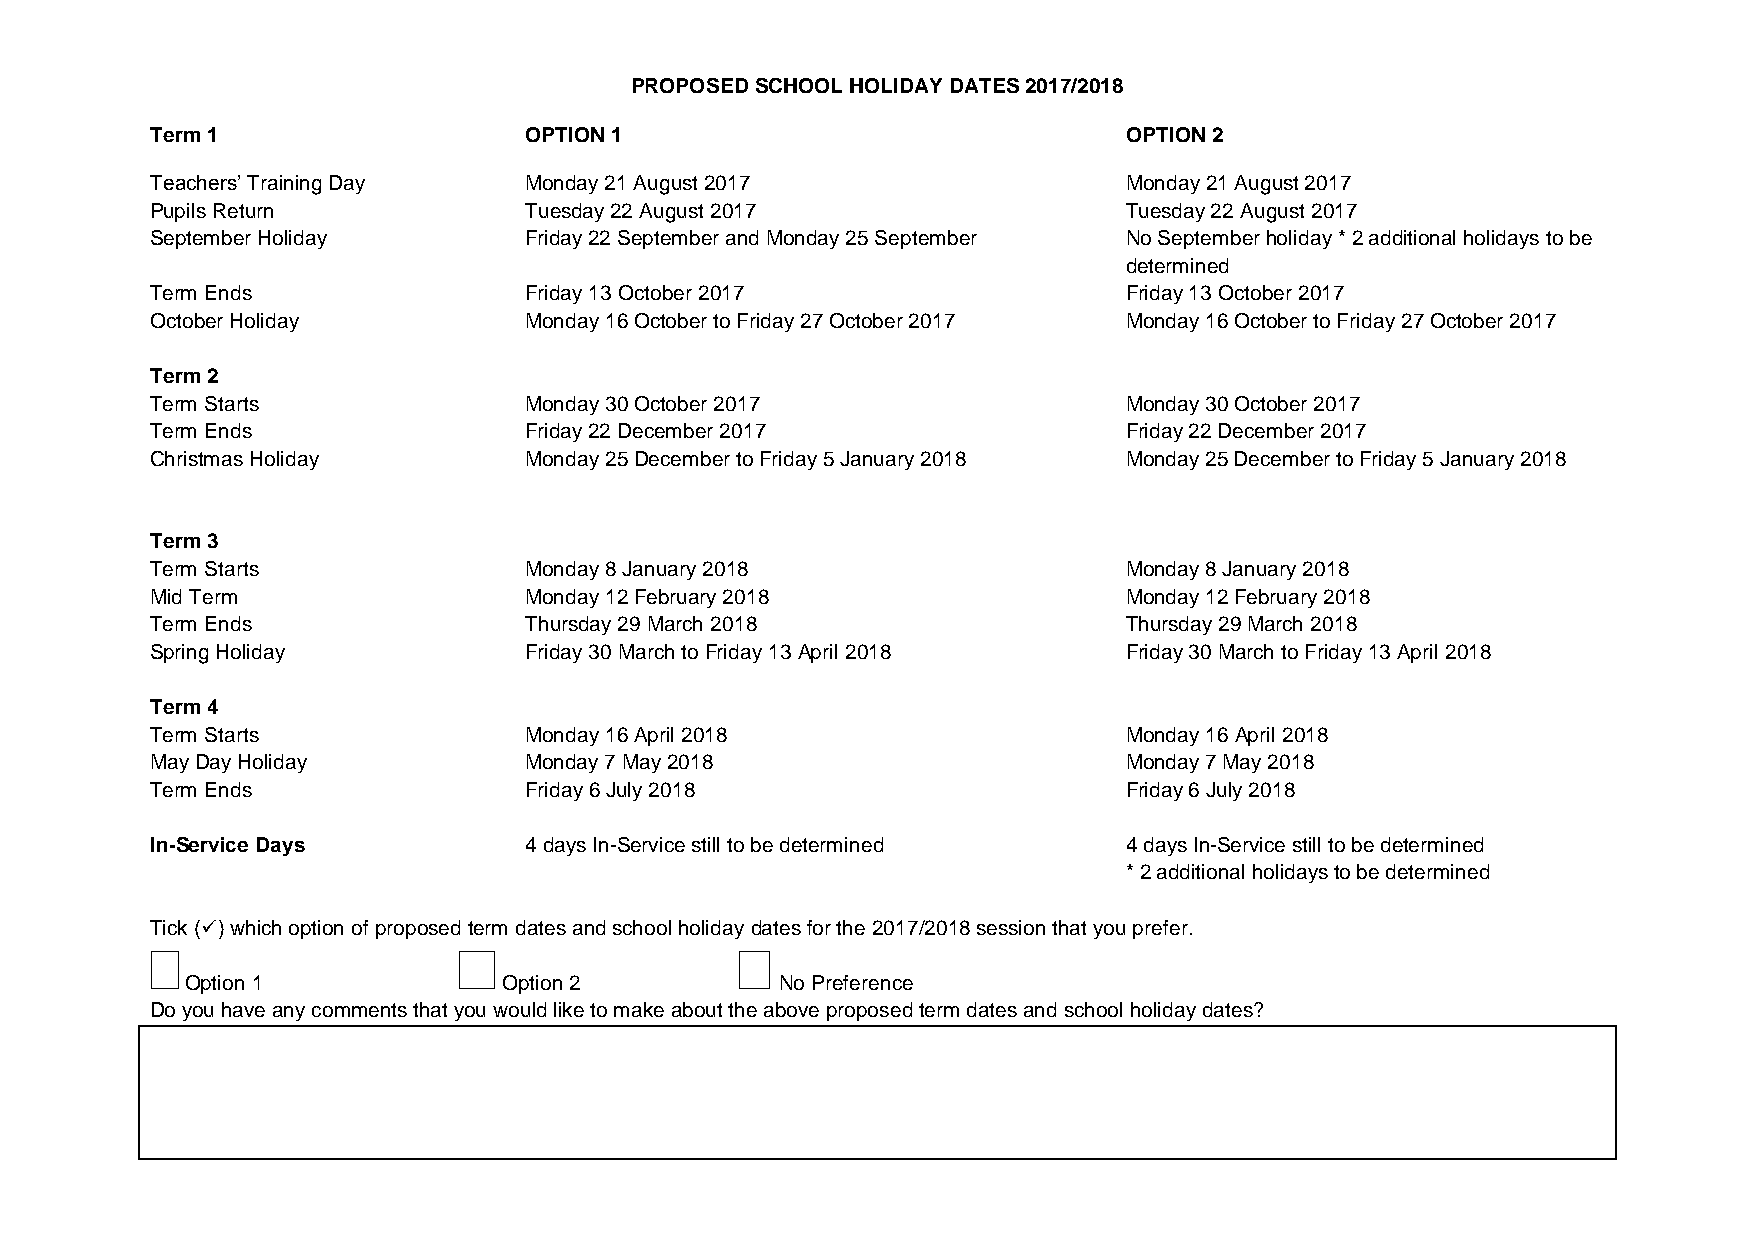
PROPOSED SCHOOL HOLIDAY DATES 2017/2018
 Term 1                   OPTION 1                               OPTION 2
 Teachers’ Training Day   Monday 21 August 2017                  Monday 21 August 2017
 Pupils Return            Tuesday 22 August 2017                 Tuesday 22 August 2017
 September Holiday        Friday 22 September and Monday 25 September No September holiday * 2 additional holidays to be
 determined
 Term Ends                Friday 13 October 2017                 Friday 13 October 2017
 October Holiday          Monday 16 October to Friday 27 October 2017 Monday 16 October to Friday 27 October 2017
 Term 2
 Term Starts              Monday 30 October 2017                 Monday 30 October 2017
 Term Ends                Friday 22 December 2017                Friday 22 December 2017
 Christmas Holiday        Monday 25 December to Friday 5 January 2018 Monday 25 December to Friday 5 January 2018
 Term 3
 Term Starts              Monday 8 January 2018                  Monday 8 January 2018
 Mid Term                 Monday 12 February 2018                Monday 12 February 2018
 Term Ends                Thursday 29 March 2018                 Thursday 29 March 2018
 Spring Holiday           Friday 30 March to Friday 13 April 2018 Friday 30 March to Friday 13 April 2018
 Term 4
 Term Starts              Monday 16 April 2018                   Monday 16 April 2018
 May Day Holiday          Monday 7 May 2018                      Monday 7 May 2018
 Term Ends                Friday 6 July 2018                     Friday 6 July 2018
 In-Service Days          4 days In-Service still to be determined 4 days In-Service still to be determined
 * 2 additional holidays to be determined
 Tick () which option of proposed term dates and school holiday dates for the 2017/2018 session that you prefer.
 Option 1             Option 2           No Preference
 Do you have any comments that you would like to make about the above proposed term dates and school holiday dates?